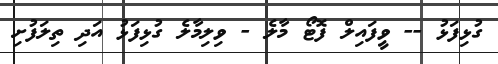
ގުޅިފަޅު -- ވީފައިލް ފޮޓޯ މާލެ - ވިލިމާލެ ގުޅިފަޅު އަދި ތިލަފުށި